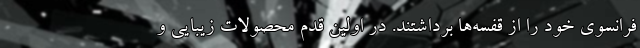
فرانسوی خود را از قفسه‌ها برداشتند. در اولین قدم محصولات زیبایی و